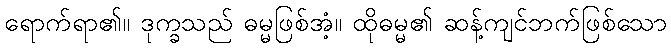
ရောက်ရာ၏။ ဒုက္ခသည် ဓမ္မဖြစ်အံ့။ ထိုဓမ္မ၏ ဆန့်ကျင်ဘက်ဖြစ်သော